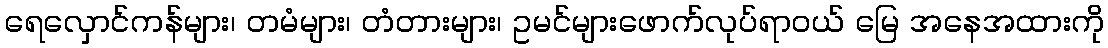
ရေလှောင်ကန်များ၊ တမံများ၊ တံတားများ၊ ဥမင်များဖောက်လုပ်ရာဝယ် မြေ အနေအထားကို